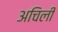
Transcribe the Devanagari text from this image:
अचिली